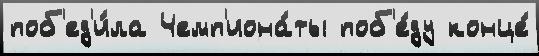
поб'ед'и́ла Чемп'иона́ты поб'е́ду конце́